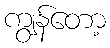
ကျွန်တော့